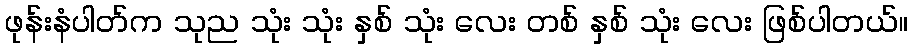
ဖုန်းနံပါတ်က သုည သုံး သုံး နှစ် သုံး လေး တစ် နှစ် သုံး လေး ဖြစ်ပါတယ်။